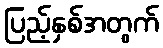
ပြည့်နှစ်အတွက်